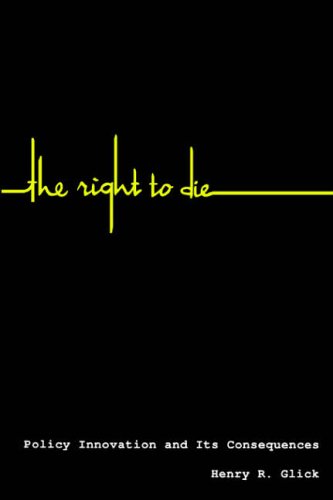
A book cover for The Right to Die: Policy Innovation and Its Consequences; Henry R. Glick; Medical Books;